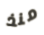
منذ